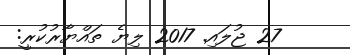
27 ޖުލައި